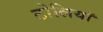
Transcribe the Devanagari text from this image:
टोलियॉ